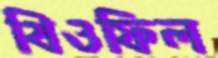
থিওফিল